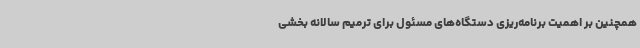
همچنین بر اهمیت برنامه‌ریزی دستگاه‌های مسئول برای ترمیم سالانه بخشی